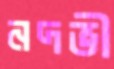
নদভী